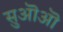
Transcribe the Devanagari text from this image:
सुऒऒ